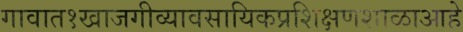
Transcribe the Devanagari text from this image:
गावात१खाजगीव्यावसायिकप्रशिक्षणशाळाआहे